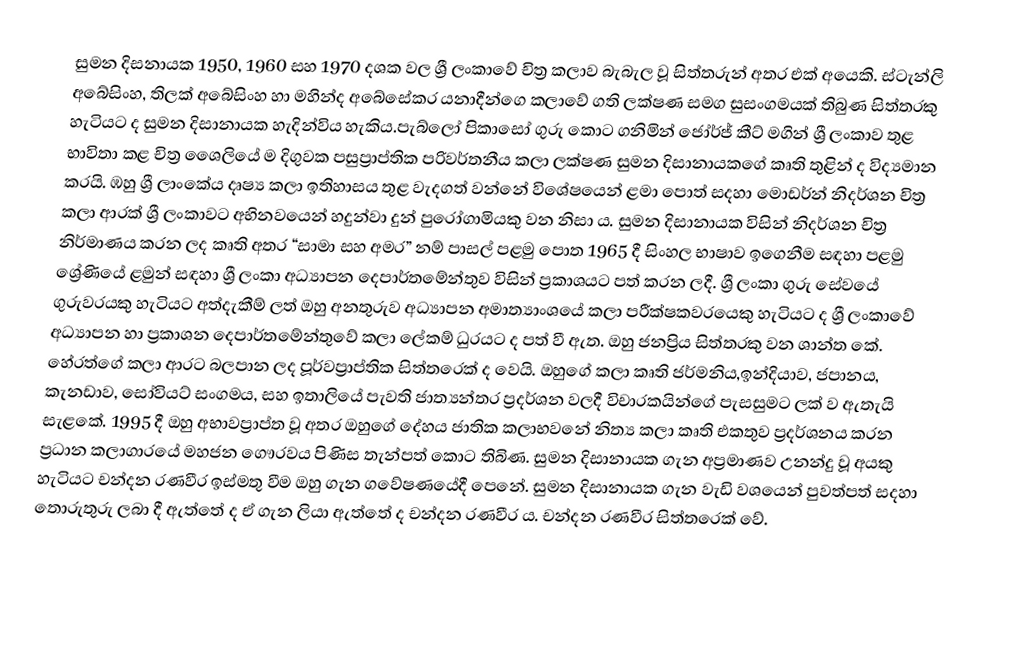
සුමන දිසනායක 1950, 1960 සහ 1970 දශක වල ශ්‍රී ලංකාවේ චිත්‍ර කලාව බැබැල වූ සිත්තරුන් අතර එක් අයෙකි.  ස්ටැන්ලි අබේසිංහ, තිලක් අබේසිංහ හා මහින්ද අබේසේකර යනාදීන්ගෙ කලාවේ ගති ලක්ෂණ සමග සුසංගමයක් තිබුණ සිත්තරකු හැටියට ද සුමන දිසානායක හැදින්විය හැකිය.පැබ්ලෝ පිකාසෝ ගුරු කොට ගනිමින් ජෝර්ජ් කීට් මගින් ශ්‍රී ලංකාව තුළ භාවිතා කළ චිත්‍ර ශෛලියේ ම දිගුවක  පසුප්‍රාප්තික පරිවර්තනීය කලා ලක්ෂණ සුමන දිසානායකගේ කෘති තුළින් ද විද්‍යමාන කරයි. ඹහු ශ්‍රී ලාංකේය දෘෂ්‍ය කලා ඉතිහාසය තුළ වැදගත් වන්නේ විශේෂයෙන් ළමා පොත් සදහා මොඩර්න් නිදර්ශන චිත්‍ර කලා ආරක් ශ්‍රී ලංකාවට අභිනවයෙන් හදුන්වා දුන් පුරෝගාමියකු වන නිසා ය. සුමන දිසානායක විසින් නිදර්ශන චිත්‍ර නිර්මාණය කරන ලද කෘති අතර “සාමා සහ අමර” නම් පාසල් පළමු පොත 1965 දී සිංහල භාෂාව ඉගෙනීම සඳහා පළමු ශ්‍රේණියේ ළමුන් සඳහා ශ්‍රී ලංකා අධ්‍යාපන දෙපාර්තමේන්තුව විසින් ප්‍රකාශයට පත් කරන ලදී.  ශ්‍රී ලංකා ගුරු සේවයේ ගුරුවරයකු හැටියට අත්දැකීම් ලත් ඔහු අනතුරුව අධ්‍යාපන අමාත්‍යාංශයේ කලා පරීක්ෂකවරයෙකු හැටියට ද ශ්‍රී ලංකාවේ අධ්‍යාපන හා ප්‍රකාශන දෙපාර්තමේන්තුවේ කලා ලේකම් ධුරයට ද පත් වී ඇත. ඔහු ජනප්‍රිය සිත්තරකු වන ශාන්ත කේ. හේරත්ගේ කලා ආරට බලපාන ලද පූර්වප්‍රාප්තික සිත්තරෙක් ද වෙයි.  ඔහුගේ කලා කෘති ජර්මනිය,ඉන්දියාව, ජපානය, කැනඩාව, සෝවියට් සංගමය, සහ ඉතාලියේ පැවති ජාත්‍යන්තර ප්‍රදර්ශන වලදී විචාරකයින්ගේ පැසසුමට ලක් ව ඇතැයි සැළකේ. 1995 දී ඔහු අභාවප්‍රාප්ත වූ අතර ඔහුගේ දේහය ජාතික කලාභවනේ නිත්‍ය කලා කෘති එකතුව ප්‍රදර්ශනය කරන ප්‍රධාන කලාගාරයේ මහජන ගෞරවය පිණිස තැන්පත් කොට තිබිණ. සුමන දිසානායක ගැන අප්‍රමාණව උනන්දු වූ අයකු හැටියට චන්දන රණවීර ඉස්මතු වීම ඔහු ගැන ගවේෂණයේදී පෙනේ.  සුමන දිසානායක ගැන වැඩි වශයෙන් පුවත්පත් සදහා තොරුතුරු ලබා දී ඇත්තේ ද ඒ ගැන ලියා ඇත්තේ ද චන්දන රණවීර ය. චන්දන රණවීර සිත්තරෙක් වේ.